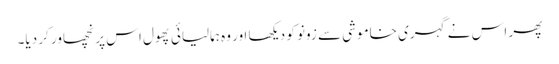
پھر اس نے گہری خاموشی سے زونو کو دیکھا اور وہ ہمالیائی پھول اس پر نچھاور کر دیا۔